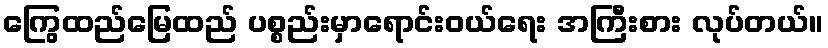
ကြွေထည်မြေထည် ပစ္စည်းမှာရောင်းဝယ်ရေး အကြီးစား လုပ်တယ်။